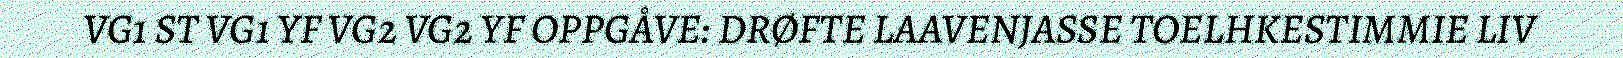
VG1 ST VG1 YF VG2 VG2 YF OPPGÅVE: DRØFTE LAAVENJASSE TOELHKESTIMMIE LIV